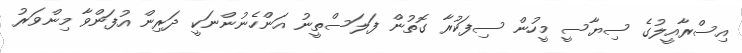
އިސްރާއީލުގެ ސިޔާސީ މީހުން ސިފަކުރާ ގޮތުން ފަލަސްތީނު އަންހެނުންނަކީ ދަރިން އުފަންވާ މިންވަރު